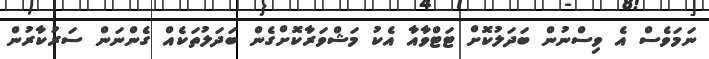
ނަމަވެސް އެ ވިސްނުން ބަދަލުކޮށް ޓަޓްވާއާ އެކު މަޝްވަރާކޮށްގެން ބަދަލުތަކެއް ގެންނަން ސަރުކާރުން